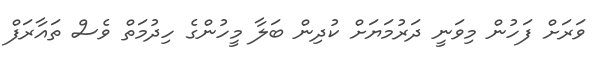
ވަރަށް ފަހުން މިވަނީ ދަރުމަޔަށް ކުދިން ބަލާ މީހުންގެ ހިދުމަތް ވެސް ތައާރަފް